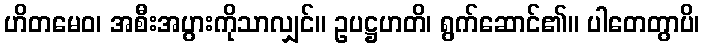
ဟိတမေဝ၊ အစီးအပွားကိုသာလျှင်။ ဥပဋ္ဌဟတိ၊ ရွက်ဆောင်၏။ ပါတေတွာပိ၊